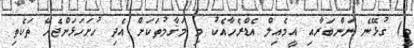
ވީ) ގުޅޭނެ ނަންބަރާއި އީމެއިލް އެޑްރެހާއެކު މި މަޤާމުތަކަށް އެދި ހުށަހަޅަންޖެހޭ ތަކެތި